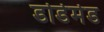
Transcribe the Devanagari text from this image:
डोडेमेड